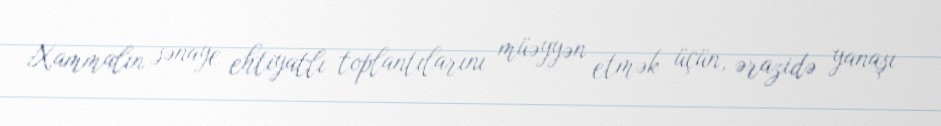
Xammalın sənaye ehtiyatlı toplantılarını müəyyən etmək üçün, ərazidə yanaşı